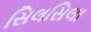
સિલસિલા